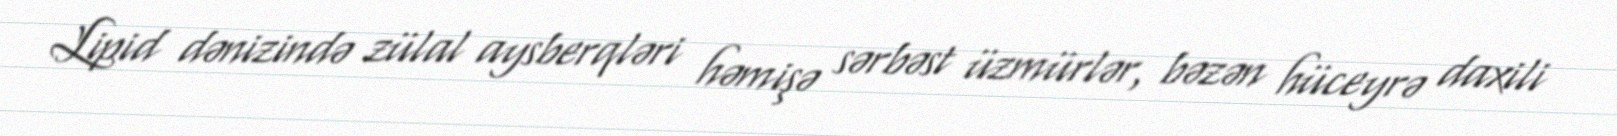
Lipid dənizində zülal aysberqləri həmişə sərbəst üzmürlər, bəzən hüceyrə daxili